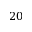
2 0